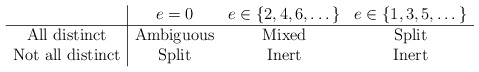
\begin{align*}\begin{array}{c|ccc} & e=0& e \in \{2,4,6,\dots\} & e \in \{1,3,5,\dots\} \\\hline\mbox{All distinct} & \mbox{Ambiguous} & \mbox{Mixed} & \mbox{Split} \\\mbox{Not all distinct} & \mbox{Split} & \mbox{Inert} & \mbox{Inert}\end{array}\end{align*}